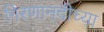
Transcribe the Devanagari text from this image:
गिरणानदीच्या